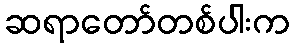
ဆရာတော်တစ်ပါးက